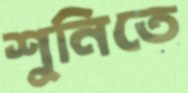
শুনিতে